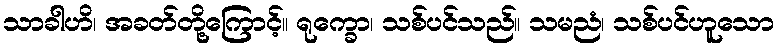
သာခါဟိ၊ အခတ်တို့ကြောင့်။ ရုက္ခော၊ သစ်ပင်သည်။ သမညံ၊ သစ်ပင်ဟူသော